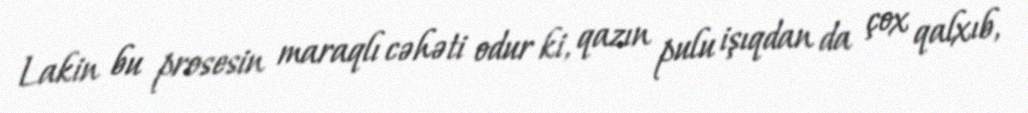
Lakin bu prosesin maraqlı cəhəti odur ki, qazın pulu işıqdan da çox qalxıb,